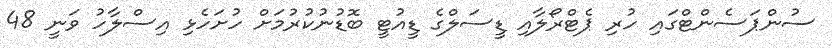
ސުންޕަސެންޓްގައި ހުރި ޕެޓްރޯލާއި ޑީސަލްގެ ޑީއުޓީ ބޮޑުނުކުރުމަށް ހުށަހެޅި އިސްލާހު ވަނީ 48